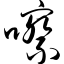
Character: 嚓